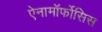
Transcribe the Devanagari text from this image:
ऐनामॉर्फोसिस